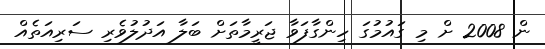
ން 2008 ށް މި ގައުމުގަ ހިންގާފަވާ ޖަރީމާތަށް ބަލާ އަދުލުވެރި ސަރިއަތެއް